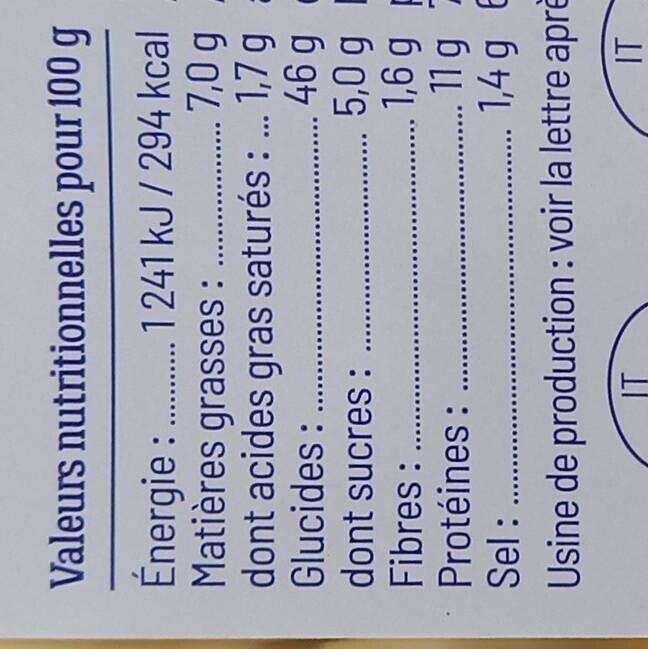
Valeurs nutritionnelles pour 100 g
Énergie..............241 kJ / 294 kcal
7,0 g.
Matières grasses: dont acides gras saturés: ... 1,7 g
Glucides:
46 g 5,0 g
1,6 g F 11g - 1,4g E
dont sucres :
Fibres: ....
Protéines :
Sel:
Usine de production : voir la lettre apre
IT